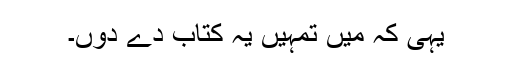
یہی کہ میں تمہیں یہ کتاب دے دوں۔